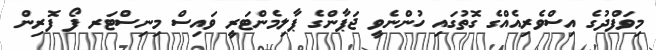
މިވަފްދުގެ އިސްވެރިއެއްގެ ގޮތުގައި ހުންނެވީ ޖަޕާންގެ ޕާލިމެންޓަރީ ވައިސް މިނިސްޓަރ ފޯ ފޮރިން